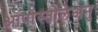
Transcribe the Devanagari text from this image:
आपोस्तोलेअनु